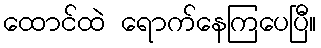
ထောင်ထဲ ရောက်နေကြပေပြီ။